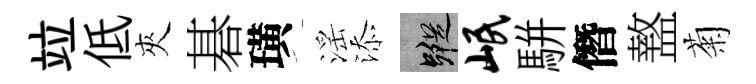
竝低夾碁璜滛添蹤岷駢僭盩菊